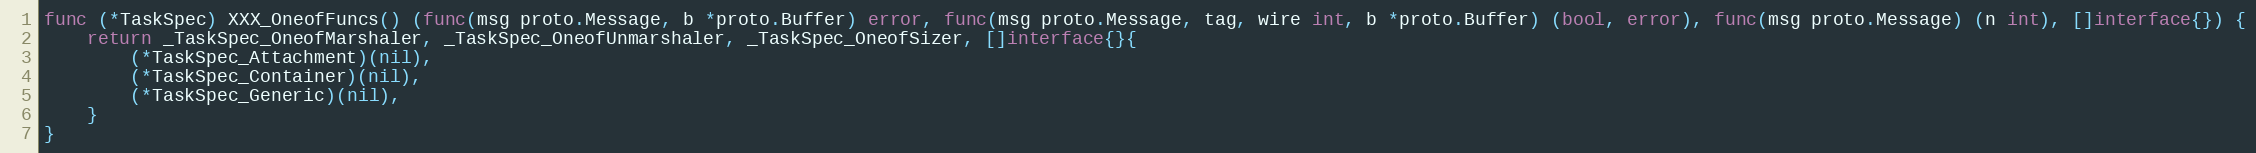
Language: Go
func (*TaskSpec) XXX_OneofFuncs() (func(msg proto.Message, b *proto.Buffer) error, func(msg proto.Message, tag, wire int, b *proto.Buffer) (bool, error), func(msg proto.Message) (n int), []interface{}) {
	return _TaskSpec_OneofMarshaler, _TaskSpec_OneofUnmarshaler, _TaskSpec_OneofSizer, []interface{}{
		(*TaskSpec_Attachment)(nil),
		(*TaskSpec_Container)(nil),
		(*TaskSpec_Generic)(nil),
	}
}